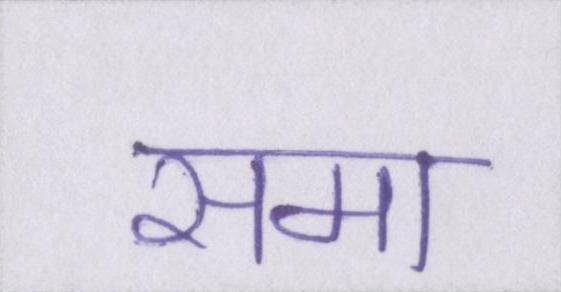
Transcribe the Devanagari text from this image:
समा